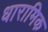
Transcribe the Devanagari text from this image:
धारामिक